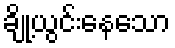
ချို့ယွင်းနေသော